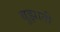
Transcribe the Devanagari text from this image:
बुझाती